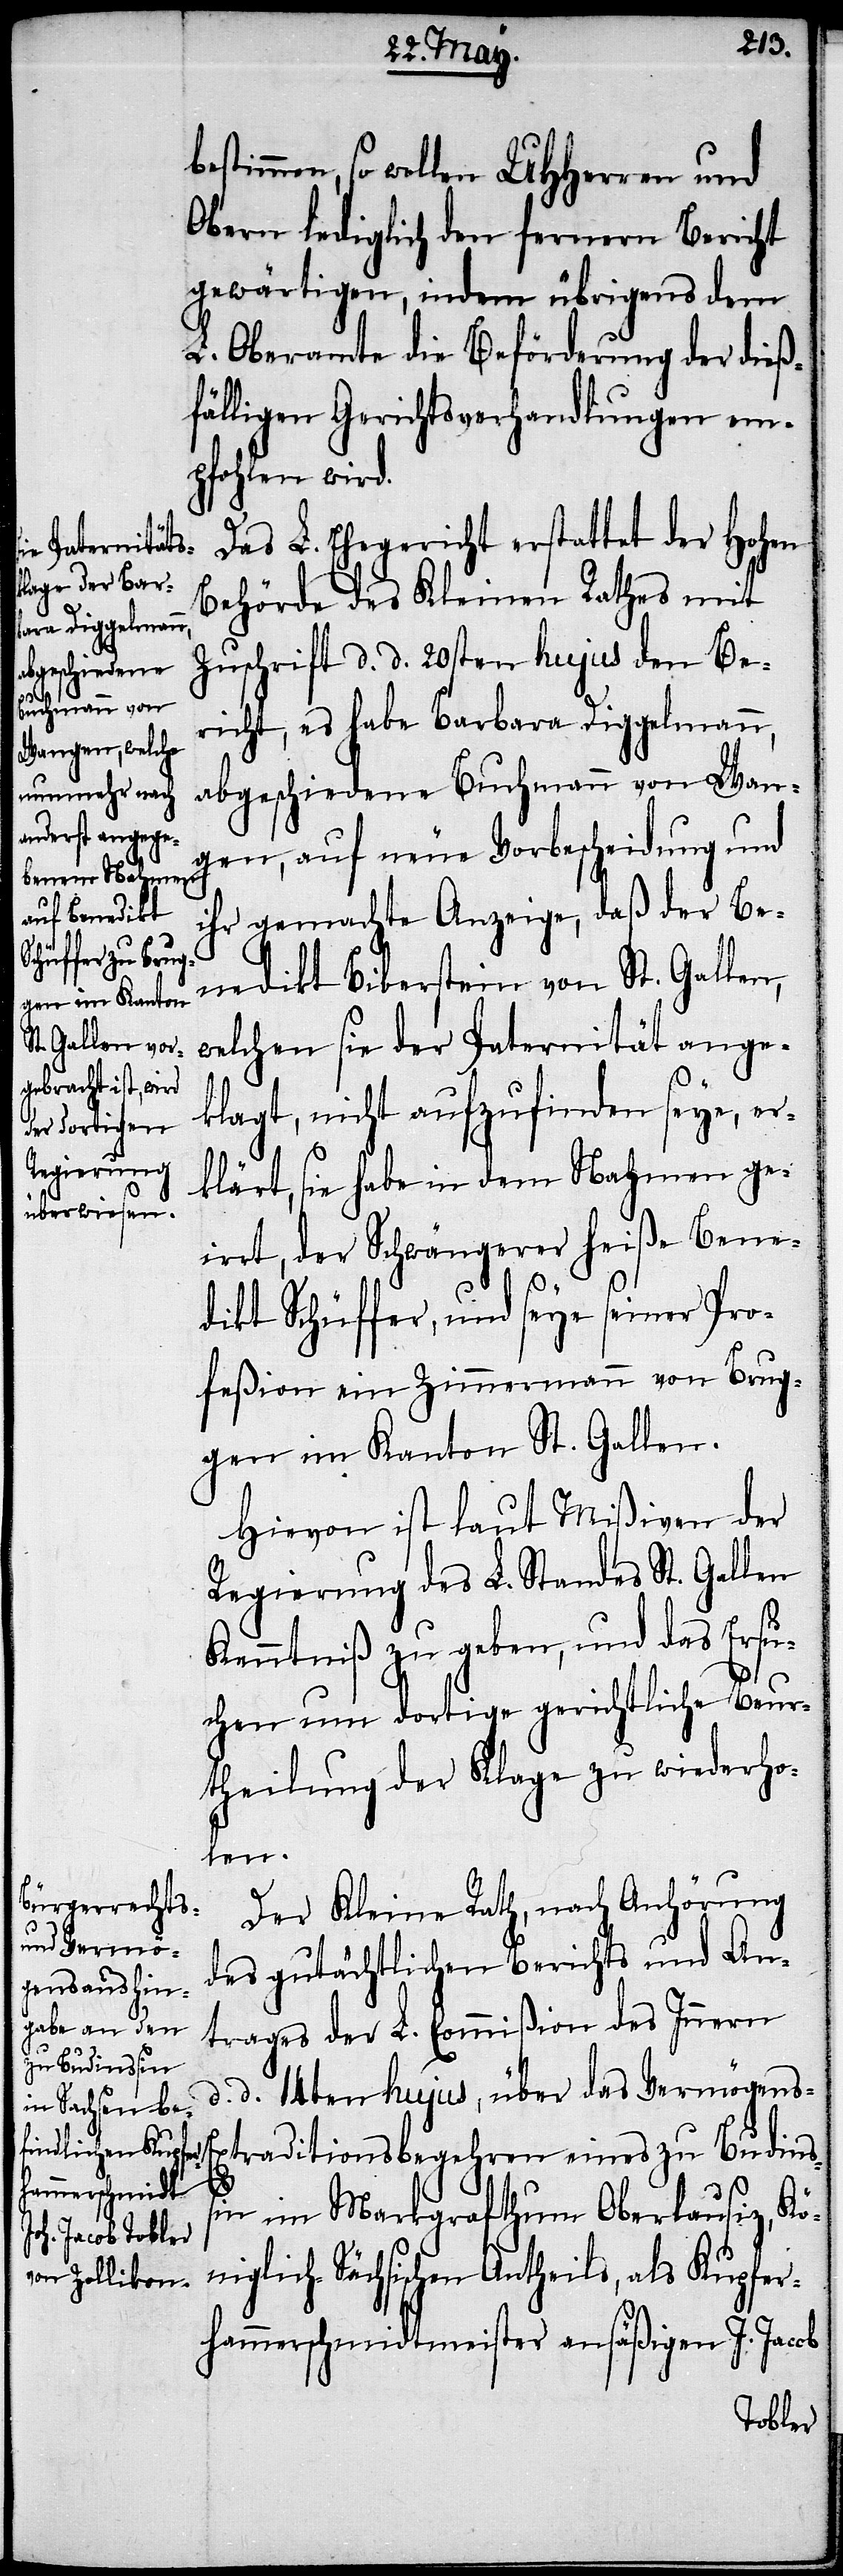
bestimmen,

so wollen UHHerren und
Obern lediglich den fernern Bericht
gewärtigen, indem übrigens dem
L. Oberamte die Beförderung der dieß¬
fälligen Gerichtsverhandlungen em¬
pfohlen wird.
Das L. Ehegericht erstattet der Hohen
Behörde des Kleinen Rathes mit
Zuschrift d. d. 20sten hujus den Be¬
richt, es habe Barbara Diggelmann,
abgeschiedene Buchmann von Wan¬
gen, auf neue Vorbescheidung und
ihr gemachte Anzeige, daß der Be¬
nedikt Biberstein von St. Gallen,
welchen sie der Paternität ange¬
klagt, nicht aufzufinden seye, er¬
klärt, sie habe in dem Nahmen ge¬
irrt, der Schwängerer heiße Bene¬
dikt Schüffer, und seye seiner Pro¬
feßion ein Zimmermann von Brug¬
gen im Kanton St. Gallen.
Hievon ist laut Mißiven der
Regierung des L. Standes St. Gallen
Kenntniß zu geben, und das Ersu¬
chen um dortige gerichtliche Beur¬
theilung der Klage zu wiederho¬
len.
Der Kleine Rath, nach Anhörung
des gutächtlichen Berichts und An¬
trages der L. Commißion des Innern
d. d. 14ten hujus, über das Vermögens-E¬
xtraditionsbegehren eines zu Budins¬
sin im Markgrafthum Oberlausiz, Kön¬
iglich-Sächsischen Antheils, als Kupfer¬
hammerschmiedmeister ansäßigen J. Jacob